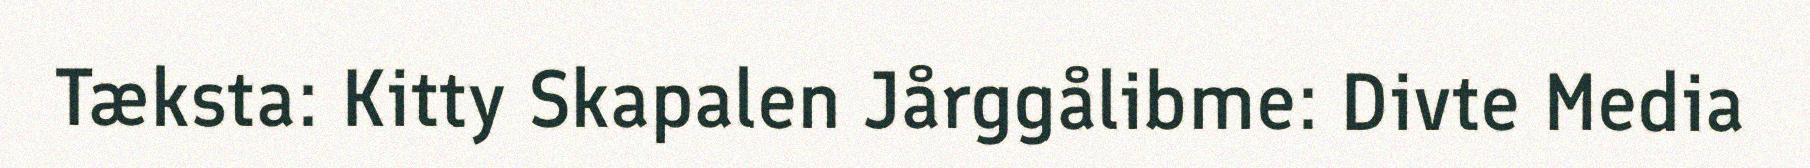
Tæksta: Kitty Skapalen Jårggålibme: Divte Media